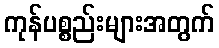
ကုန်ပစ္စည်းများအတွက်